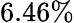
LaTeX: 6.46\%